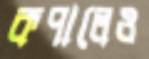
কপালেও